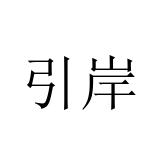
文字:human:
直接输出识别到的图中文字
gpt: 引岸